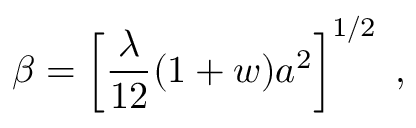
\beta = \left\lbrack \frac { \lambda } { 1 2 } ( 1 + w ) a ^ { 2 } \right\rbrack ^ { 1 / 2 } \; ,